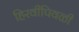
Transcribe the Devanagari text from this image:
हिरवीपिवळी